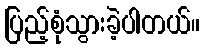
ပြည့်စုံသွားခဲ့ပါတယ်။